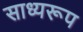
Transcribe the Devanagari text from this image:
साध्यरूप